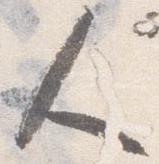
人